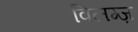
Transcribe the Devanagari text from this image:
विलग्ज़